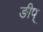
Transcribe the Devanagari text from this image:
ङीप्